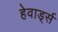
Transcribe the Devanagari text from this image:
हेवार्ड्स